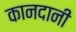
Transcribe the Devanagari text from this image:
कानदानी